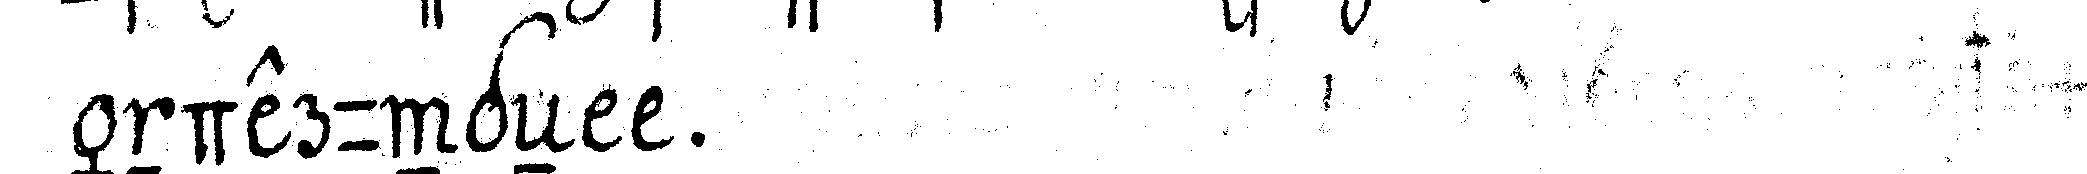
änderungeN l